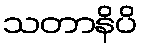
သတာနိပိ